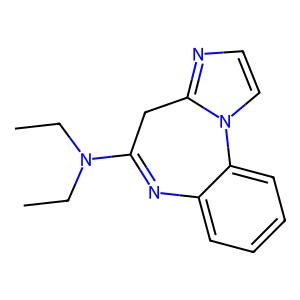
SMILES: CCN(CC)C1=Nc2ccccc2-n2ccnc2C1
Inhibits HIV replication: No